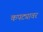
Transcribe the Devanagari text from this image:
कपट्यावर